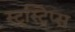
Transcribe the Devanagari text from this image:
स्ट्स्ट्रिप्स